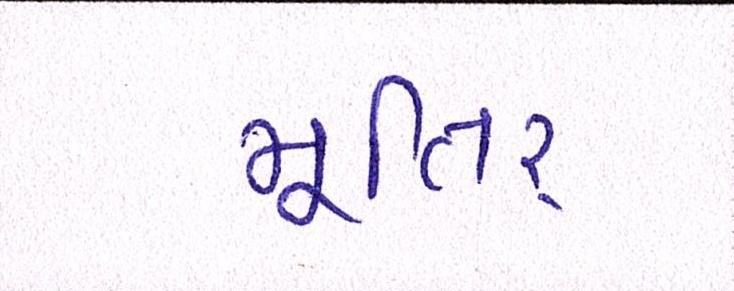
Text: મૂતિર્